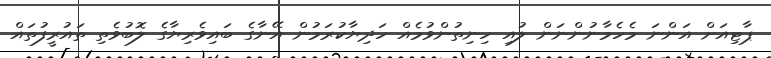
ޕާޓިއަށް އަންނަ މެހެމާނުންނަން ލުއި ހިނިތުންވުމެއް ހަދިޔާކުރަމުން އޭނާގެ ބައިވެރިޔާގެ ލޮބުވެތި ތައުރީފުތައް